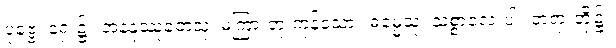
ပုဗ္ဗေ၊ ရှေး၌။ အနနုဿုတေသု၊ မကြားဘူးကုန်သော။ ဓမ္မေသု၊ သစ္စာလေးပါး တရားတို့၌။